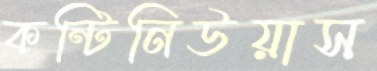
কন্টিনিউয়াস